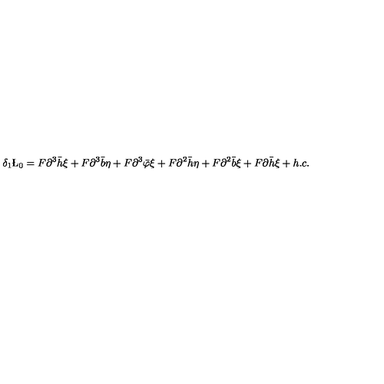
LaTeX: \delta _ { 1 } \L _ { 0 } = F \partial ^ { 3 } \bar { h } \xi + F \partial ^ { 3 } \bar { b } \eta + F \partial ^ { 3 } \bar { \varphi } \xi + F \partial ^ { 2 } \bar { h } \eta + F \partial ^ { 2 } \bar { b } \xi + F \partial \bar { h } \xi + h . c .